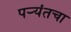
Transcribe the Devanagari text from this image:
पर्‍यंतचा